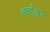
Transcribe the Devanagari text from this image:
अर्चाक्रम